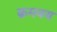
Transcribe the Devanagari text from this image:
क्रमवय